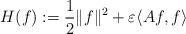
LaTeX: \begin{align*} H(f) : = \frac{1}{2} \|f\|^2+ \varepsilon \langle Af,f \rangle\end{align*}